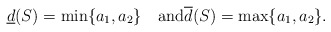
\begin{align*}\underline{d}(S)=\min\{a_1, a_2\}\quad\mbox{and}\overline{d}(S)=\max\{a_1, a_2\}.\end{align*}